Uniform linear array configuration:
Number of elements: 64
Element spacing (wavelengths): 0.5
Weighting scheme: hamming
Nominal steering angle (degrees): -15
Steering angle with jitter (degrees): -16.529
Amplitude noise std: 0.05
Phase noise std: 0.05

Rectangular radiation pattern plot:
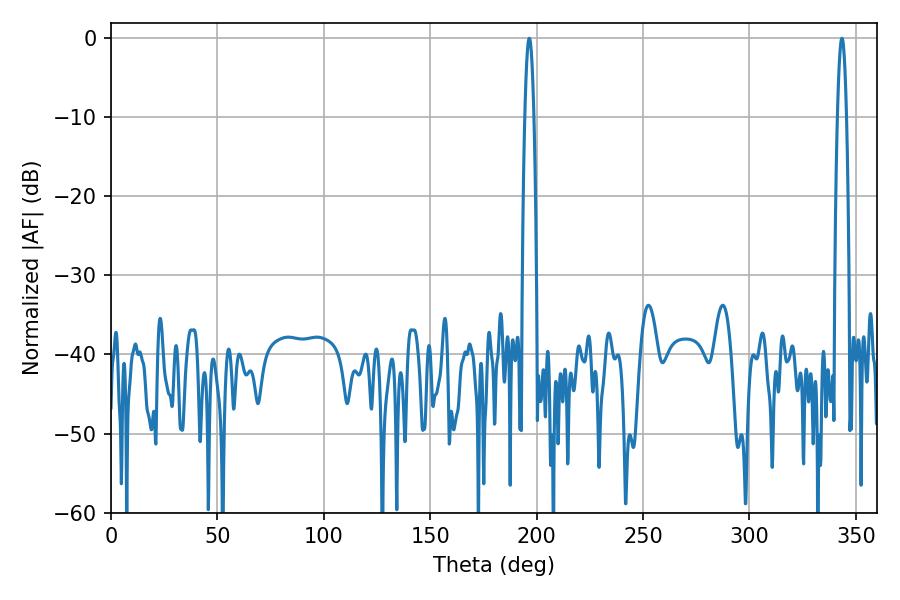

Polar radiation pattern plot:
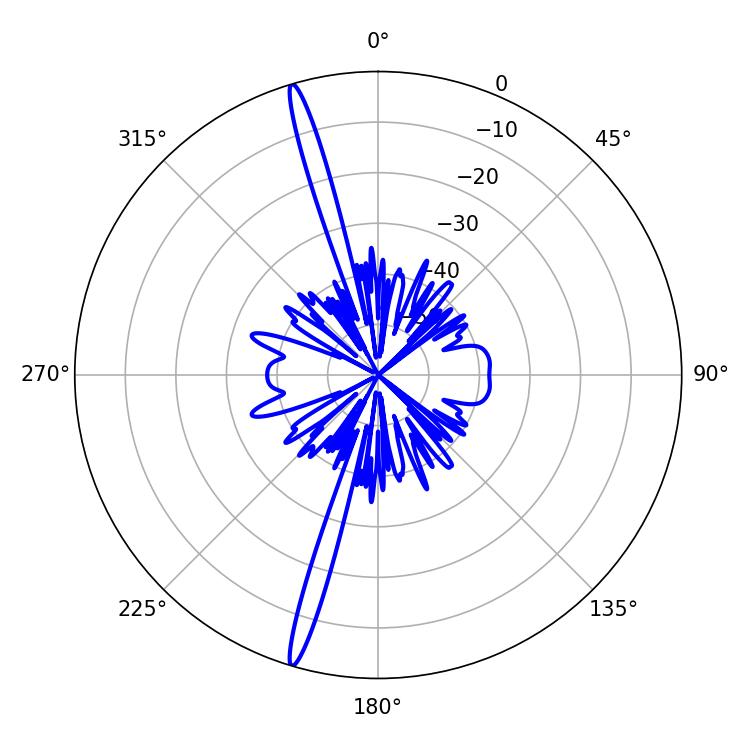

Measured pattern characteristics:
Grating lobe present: FALSE
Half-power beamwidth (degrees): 2.16
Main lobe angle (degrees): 196.56